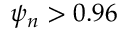
\psi _ { n } > 0 . 9 6